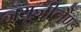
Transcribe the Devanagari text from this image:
नयूजीलैण्ड